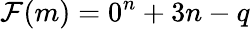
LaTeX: \mathcal{F}(m)=0^{n}+3n-q